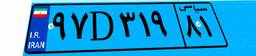
۹۷D۳۱۹۸۱